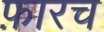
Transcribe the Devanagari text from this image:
फ़ारच